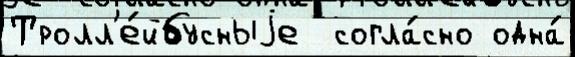
Тролл'е́йбусныjе  согла́сно одна́